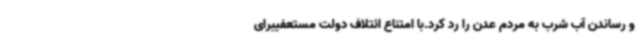
و رساندن آب شرب به مردم عدن را رد کرد.با امتناع ائتلاف دولت مستعفیبرای